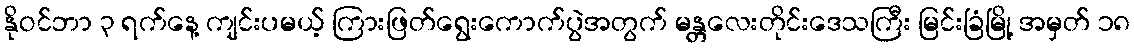
နိုဝင်ဘာ ၃ ရက်နေ့ ကျင်းပမယ့် ကြားဖြတ်ရွေးကောက်ပွဲအတွက် မန္တလေးတိုင်းဒေသကြီး မြင်းခြံမြို့ အမှတ် ၁၈